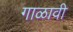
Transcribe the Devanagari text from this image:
गाळावी